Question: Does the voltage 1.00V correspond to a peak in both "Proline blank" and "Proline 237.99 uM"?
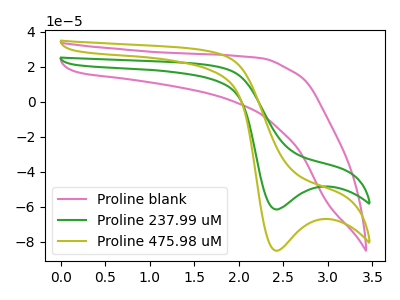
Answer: <think>The pink curve "Proline blank" has no peaks. The green curve "Proline 237.99 uM" has a cathodic peak at: (2.40V, -61.65uA). The olive curve "Proline 475.98 uM" has a cathodic peak at: (2.40V, -85.25uA).</think>
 <answer>No, "Proline blank" and "Proline 237.99 uM" dont share a peak at 1.00V.</answer>
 <eval>mismatch</eval>